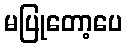
မပြုတော့ပေ